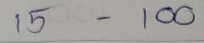
15 - 100